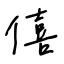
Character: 僖